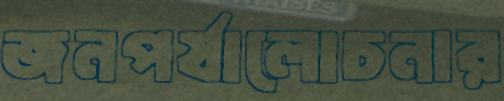
জনপর্যালোচনার